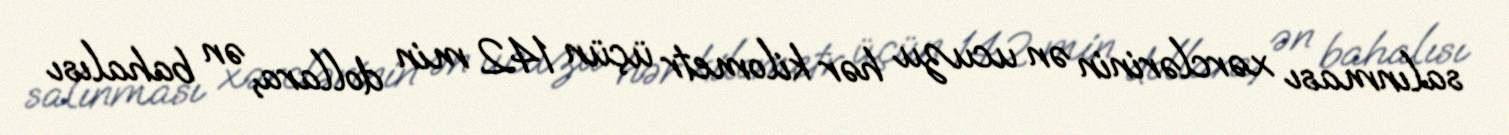
salınması xərclərinin ən ucuzu hər kilometr üçün 142 min dollara, ən bahalısı